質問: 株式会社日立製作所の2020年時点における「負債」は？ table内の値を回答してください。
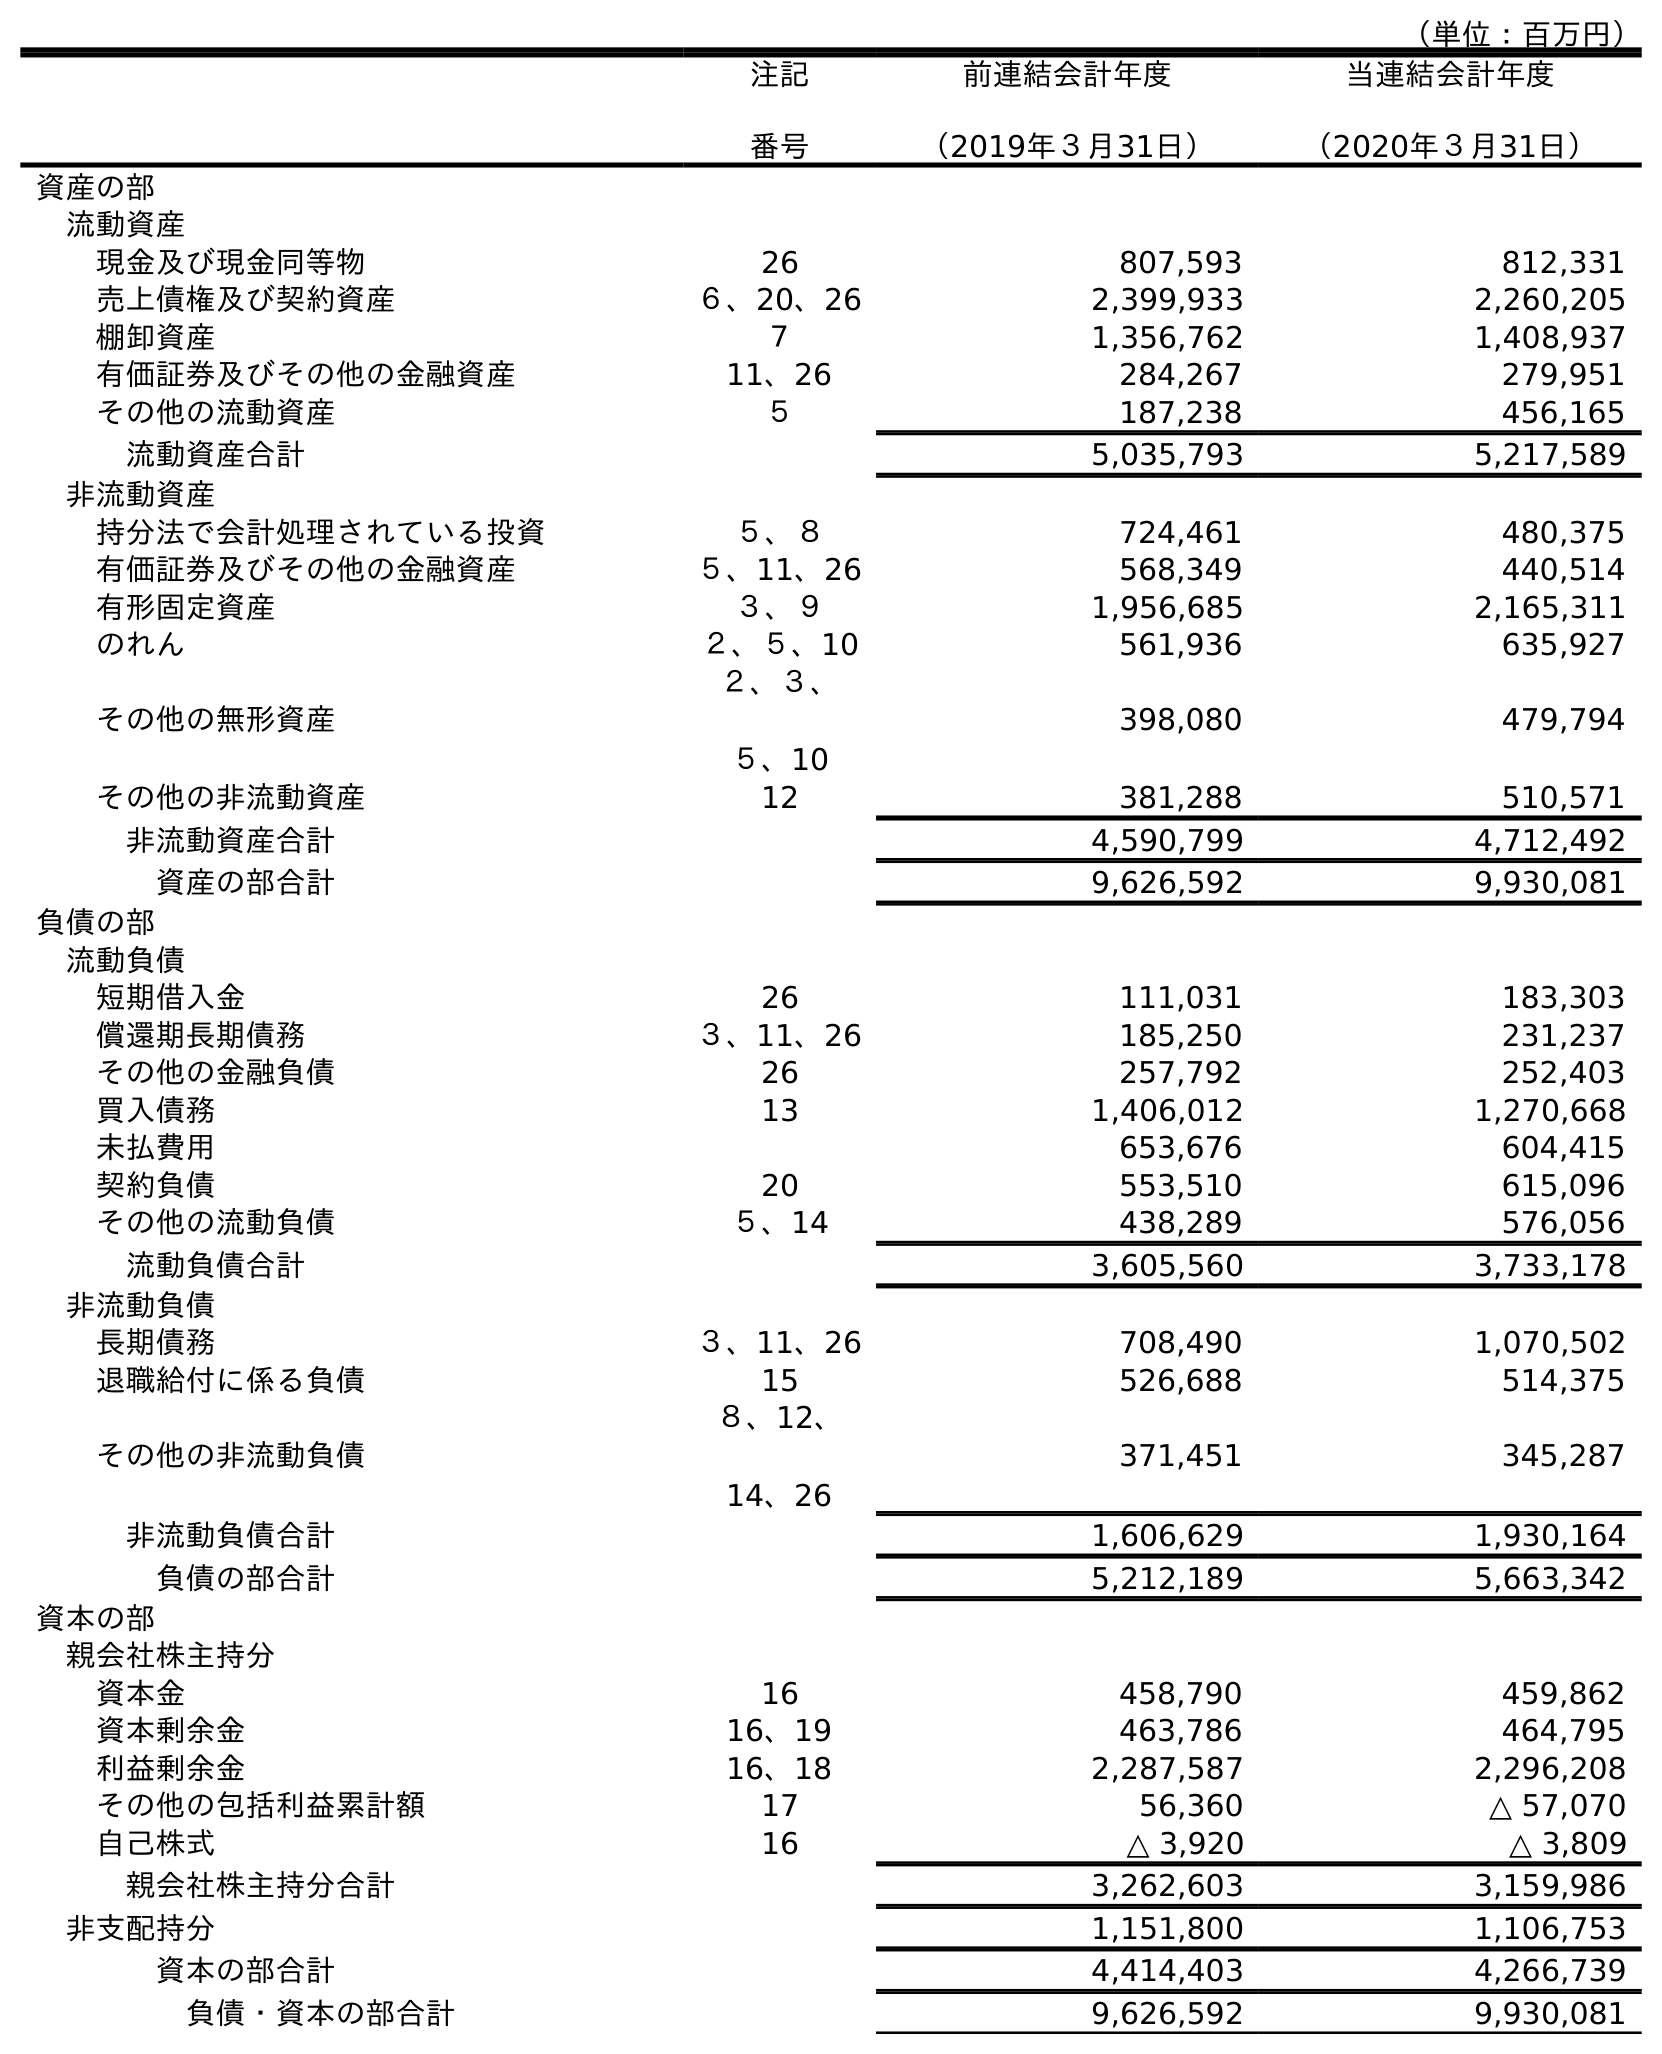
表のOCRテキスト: （単位：百万円） 注記 番号 前連結会計年度 （2019年３月31日） 当連結会計年度 （2020年３月31日） 資産の部 流動資産 現金及び現金同等物 26 807,593 812,331 売上債権及び契約資産 ６、20、26 2,399,933 2,260,205 棚卸資産 ７ 1,356,762 1,408,937 有価証券及びその他の金融資産 11、26 284,267 279,951 その他の流動資産 ５ 187,238 456,165 流動資産合計 5,035,793 5,217,589 非流動資産 持分法で会計処理されている投資 ５、８ 724,461 480,375 有価証券及びその他の金融資産 ５、11、26 568,349 440,514 有形固定資産 ３、９ 1,956,685 2,165,311 のれん ２、５、10 561,936 635,927 その他の無形資産 ２、３、 ５、10 398,080 479,794 その他の非流動資産 12 381,288 510,571 非流動資産合計 4,590,799 4,712,492 資産の部合計 9,626,592 9,930,081 負債の部 流動負債 短期借入金 26 111,031 183,303 償還期長期債務 ３、11、26 185,250 231,237 その他の金融負債 26 257,792 252,403 買入債務 13 1,406,012 1,270,668 未払費用 653,676 604,415 契約負債 20 553,510 615,096 その他の流動負債 ５、14 438,289 576,056 流動負債合計 3,605,560 3,733,178 非流動負債 長期債務 ３、11、26 708,490 1,070,502 退職給付に係る負債 15 526,688 514,375 その他の非流動負債 ８、12、 14、26 371,451 345,287 非流動負債合計 1,606,629 1,930,164 負債の部合計 5,212,189 5,663,342 資本の部 親会社株主持分 資本金 16 458,790 459,862 資本剰余金 16、19 463,786 464,795 利益剰余金 16、18 2,287,587 2,296,208 その他の包括利益累計額 17 56,360 △ 57,070 自己株式 16 △ 3,920 △ 3,809 親会社株主持分合計 3,262,603 3,159,986 非支配持分 1,151,800 1,106,753 資本の部合計 4,414,403 4,266,739 負債・資本の部合計 9,626,592 9,930,081
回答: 5,663,342